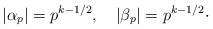
LaTeX: \begin{align*}|\alpha_p|=p^{k-1/2},\quad|\beta_p|=p^{k-1/2}\cdot\end{align*}